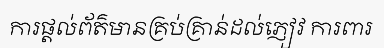
ការផ្តល់ព័ត៌មានគ្រប់គ្រាន់ដល់ភ្ញៀវ ការពារ